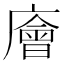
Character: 廥